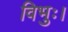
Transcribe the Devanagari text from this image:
विभुः।